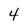
Character: 4